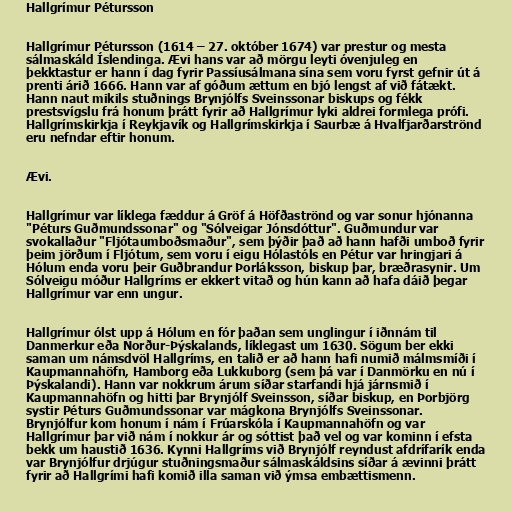
Hallgrímur Pétursson

Hallgrímur Pétursson (1614 – 27. október 1674) var prestur og mesta
sálmaskáld Íslendinga. Ævi hans var að mörgu leyti óvenjuleg en
þekktastur er hann í dag fyrir Passíusálmana sína sem voru fyrst gefnir út á
prenti árið 1666. Hann var af góðum ættum en bjó lengst af við fátækt.
Hann naut mikils stuðnings Brynjólfs Sveinssonar biskups og fékk
prestsvígslu frá honum þrátt fyrir að Hallgrímur lyki aldrei formlega prófi.
Hallgrímskirkja í Reykjavík og Hallgrímskirkja í Saurbæ á Hvalfjarðarströnd
eru nefndar eftir honum.

Ævi.

Hallgrímur var líklega fæddur á Gröf á Höfðaströnd og var sonur hjónanna
"Péturs Guðmundssonar" og "Sólveigar Jónsdóttur". Guðmundur var
svokallaður "Fljótaumboðsmaður", sem þýðir það að hann hafði umboð fyrir
þeim jörðum í Fljótum, sem voru í eigu Hólastóls en Pétur var hringjari á
Hólum enda voru þeir Guðbrandur Þorláksson, biskup þar, bræðrasynir. Um
Sólveigu móður Hallgríms er ekkert vitað og hún kann að hafa dáið þegar
Hallgrímur var enn ungur.

Hallgrímur ólst upp á Hólum en fór þaðan sem unglingur í iðnnám til
Danmerkur eða Norður-Þýskalands, líklegast um 1630. Sögum ber ekki
saman um námsdvöl Hallgríms, en talið er að hann hafi numið málmsmíði í
Kaupmannahöfn, Hamborg eða Lukkuborg (sem þá var í Danmörku en nú í
Þýskalandi). Hann var nokkrum árum síðar starfandi hjá járnsmið í
Kaupmannahöfn og hitti þar Brynjólf Sveinsson, síðar biskup, en Þorbjörg
systir Péturs Guðmundssonar var mágkona Brynjólfs Sveinssonar.
Brynjólfur kom honum í nám í Frúarskóla í Kaupmannahöfn og var
Hallgrímur þar við nám í nokkur ár og sóttist það vel og var kominn í efsta
bekk um haustið 1636. Kynni Hallgríms við Brynjólf reyndust afdrífarík enda
var Brynjólfur drjúgur stuðningsmaður sálmaskáldsins síðar á ævinni þrátt
fyrir að Hallgrími hafi komið illa saman við ýmsa embættismenn.